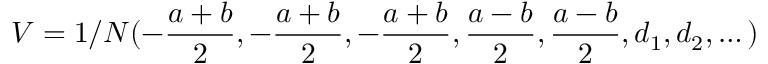
V = 1 / N ( - \frac { a + b } 2 , - \frac { a + b } 2 , - \frac { a + b } 2 , \frac { a - b } 2 , \frac { a - b } 2 , d _ { 1 } , d _ { 2 } , \dots )